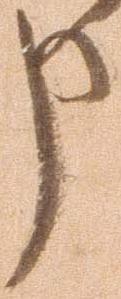
申